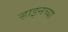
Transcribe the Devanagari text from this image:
र्‍हाइनच्या